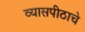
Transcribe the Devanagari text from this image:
व्यासपीठाचे